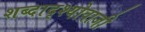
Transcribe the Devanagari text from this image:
शब्दादृश्योवाजी